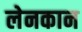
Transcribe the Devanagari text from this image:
लेनकान